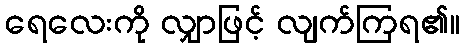
ရေလေးကို လျှာဖြင့် လျက်ကြရ၏။